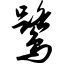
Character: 鹭